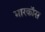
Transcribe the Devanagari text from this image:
मारकॉस